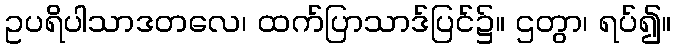
ဥပရိပါသာဒတလေ၊ ထက်ပြာသာဒ်ပြင်၌။ ဌတွာ၊ ရပ်၍။